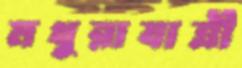
মথুরাযাত্রী